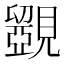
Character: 𧢗